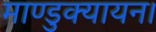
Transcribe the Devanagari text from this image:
माण्डुक्यायन।